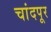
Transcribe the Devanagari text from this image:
चांदपूर